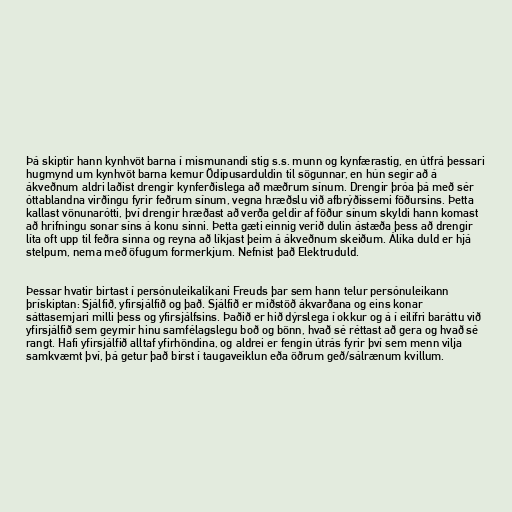
Þá skiptir hann kynhvöt barna í mismunandi stig s.s. munn og kynfærastig, en útfrá þessari
hugmynd um kynhvöt barna kemur Ödipusarduldin til sögunnar, en hún segir að á
ákveðnum aldri laðist drengir kynferðislega að mæðrum sínum. Drengir þróa þá með sér
óttablandna virðingu fyrir feðrum sínum, vegna hræðslu við afbrýðissemi föðursins. Þetta
kallast vönunarótti, því drengir hræðast að verða geldir af föður sínum skyldi hann komast
að hrifningu sonar síns á konu sinni. Þetta gæti einnig verið dulin ástæða þess að drengir
líta oft upp til feðra sinna og reyna að líkjast þeim á ákveðnum skeiðum. Álíka duld er hjá
stelpum, nema með öfugum formerkjum. Nefnist það Elektruduld.

Þessar hvatir birtast í persónuleikalíkani Freuds þar sem hann telur persónuleikann
þrískiptan: Sjálfið, yfirsjálfið og það. Sjálfið er miðstöð ákvarðana og eins konar
sáttasemjari milli þess og yfirsjálfsins. Þaðið er hið dýrslega í okkur og á í eilífri baráttu við
yfirsjálfið sem geymir hinu samfélagslegu boð og bönn, hvað sé réttast að gera og hvað sé
rangt. Hafi yfirsjálfið alltaf yfirhöndina, og aldrei er fengin útrás fyrir því sem menn vilja
samkvæmt því, þá getur það birst í taugaveiklun eða öðrum geð/sálrænum kvillum.